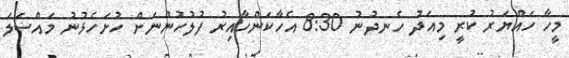
މީހާ ހައްޔަރު ކުރީ މިއަދު ހެނދުނު 8:30 އެހާކަންހާއިރު ފުލުހުންނަށް ހުށަހެޅުނު މައްސަލަ